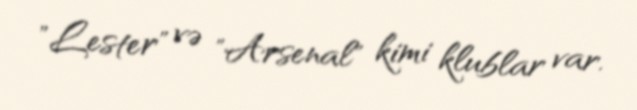
"Lester" və "Arsenal" kimi klublar var.